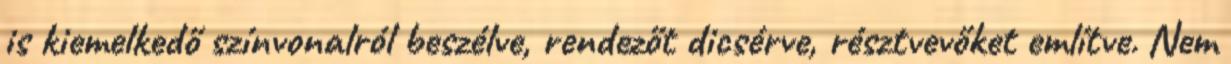
is kiemelkedő színvonalról beszélve, rendezőt dicsérve, résztvevőket említve. Nem